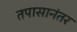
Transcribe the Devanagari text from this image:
तपासानंतर